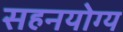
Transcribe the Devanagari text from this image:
सहनयोग्य